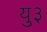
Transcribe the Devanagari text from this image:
यु३